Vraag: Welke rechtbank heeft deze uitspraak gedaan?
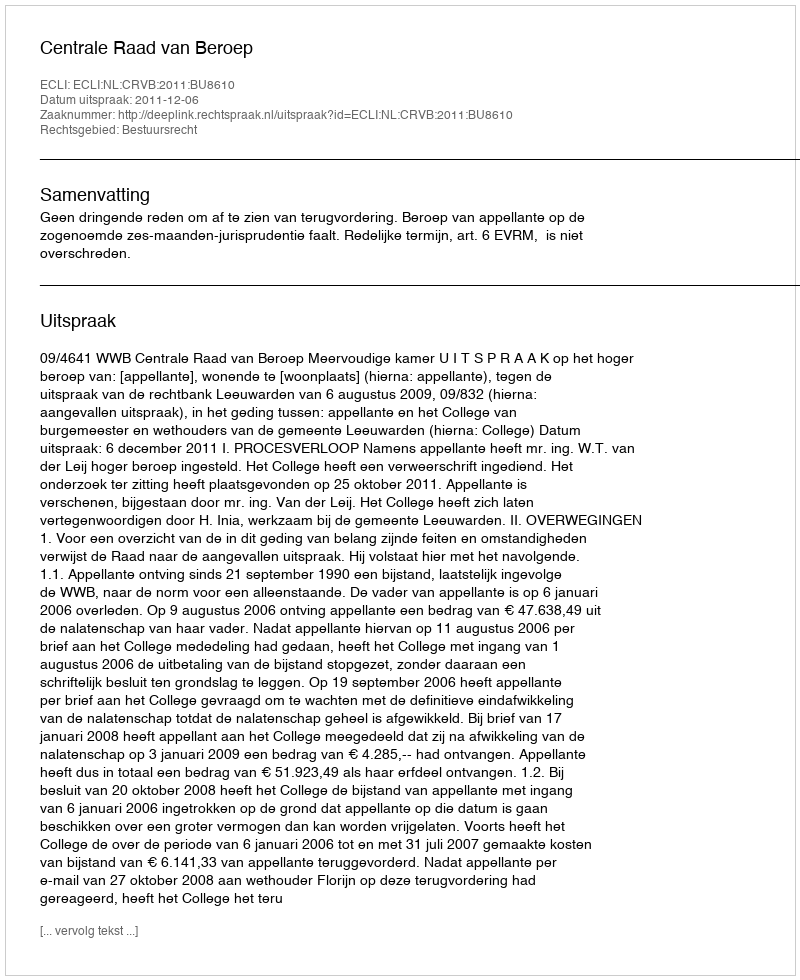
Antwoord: Centrale Raad van Beroep